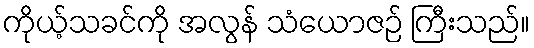
ကိုယ့်သခင်ကို အလွန် သံယောဇဉ် ကြီးသည်။